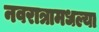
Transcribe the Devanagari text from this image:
नवरात्रामधल्या